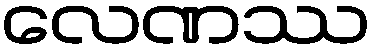
လေဏဿ